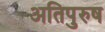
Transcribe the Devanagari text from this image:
अतिपुरुष